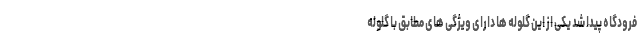
فرودگاه پیدا شد یکی از این گلوله ها دارای ویژگی های مطابق با گلوله